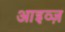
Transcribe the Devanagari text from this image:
आइव्ज़